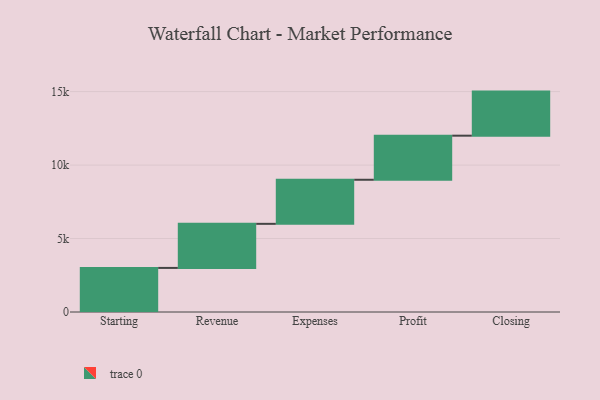
{"axis": {"x": "Step", "y": "Value"}, "legend": [""], "data": [{"x": "Starting", "y": 3000, "type": ""}, {"x": "Revenue", "y": 3000, "type": ""}, {"x": "Expenses", "y": 3000, "type": ""}, {"x": "Profit", "y": 3000, "type": ""}, {"x": "Closing", "y": 3000, "type": ""}]}